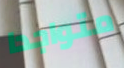
متواجدا